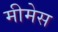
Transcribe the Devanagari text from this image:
मीमेस